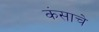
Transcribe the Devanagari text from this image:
कंसाचे